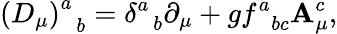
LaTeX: \left(D_{\mu}\right)_{\; \; b}^{a}=\delta_{\; \; b}^{a}\partial_{\mu}+gf_{\; \; bc}^{a}\mathbf{A}_{\mu}^{c},